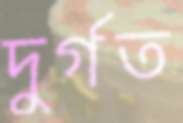
দুর্গত